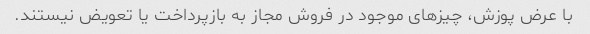
با عرض پوزش، چیزهای موجود در فروش مجاز به بازپرداخت یا تعویض نیستند.